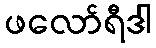
ဖလော်ရီဒါ